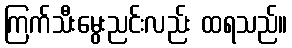
ကြက်သီးမွေးညင်းလည်း ထရသည်။